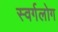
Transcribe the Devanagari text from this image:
स्वर्गलोग